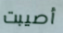
أصيبت